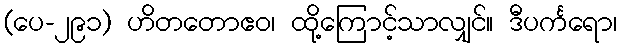
(ပေ-၂၉၁) ဟိတတောဧဝ၊ ထို့ကြောင့်သာလျှင်။ ဒီပင်္ကရော၊